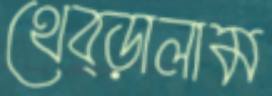
থেব্‌ড়ালাম